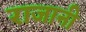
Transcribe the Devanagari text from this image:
राजानी